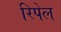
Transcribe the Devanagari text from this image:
रिपेल